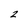
Character: 2